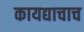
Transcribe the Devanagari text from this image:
कायद्याचाच